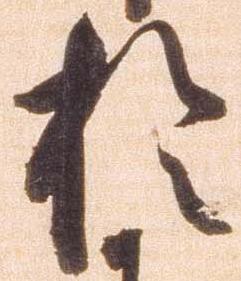
於